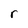
Character: r